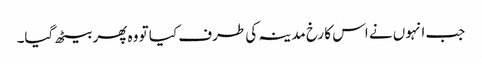
جب انہوں نے اس کا رخ مدینہ کی طرف کیا تو وہ پھر بیٹھ گیا۔